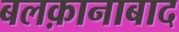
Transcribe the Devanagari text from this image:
बलक़ानाबाद